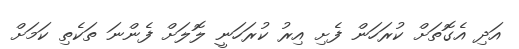
އަދި އެގޮތަށް ކުރަހަން ފެށި އިރު ކުރަހަނީ ލޮލަށް ފެންނަ ތަކެތި ކަމަށް